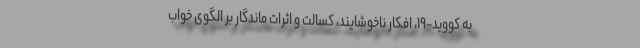
به کووید-۱۹، افکار ناخوشایند، کسالت و اثرات ماندگار بر الگوی خواب